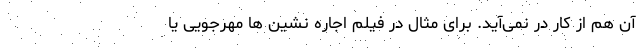
آن هم از کار در نمی‌آید. برای مثال در فیلم اجاره نشین ها مهرجویی یا